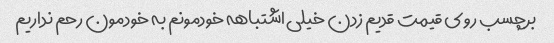
برچسب روی قیمت قدیم زدن خیلی اشتباهه خودمونم به خودمون رحم نداریم